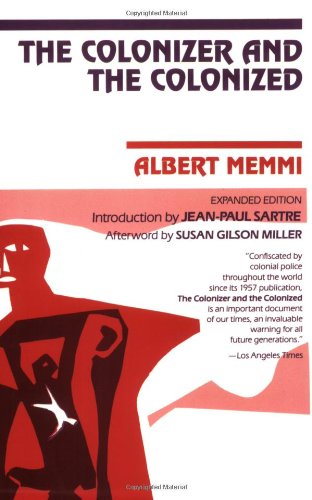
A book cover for The Colonizer and the Colonized; Albert Memmi; Politics & Social Sciences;